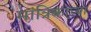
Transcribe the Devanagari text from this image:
मांत्रिकाच्या